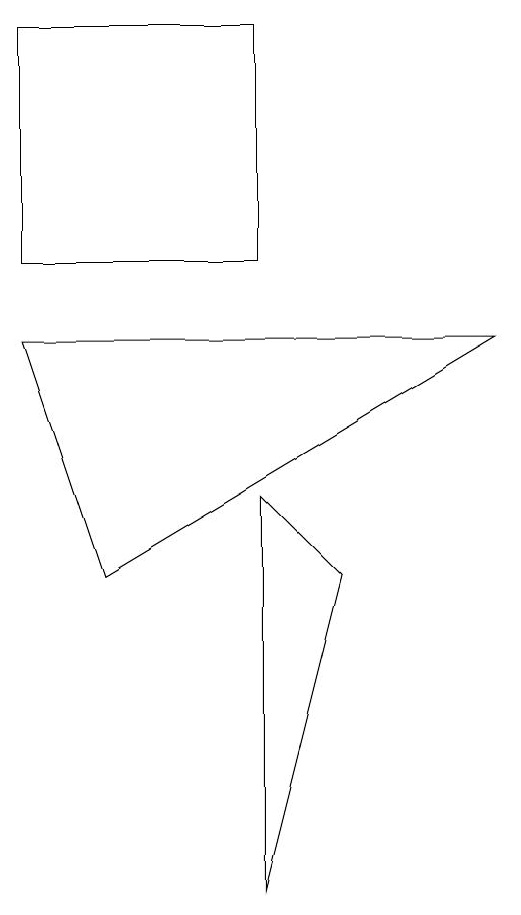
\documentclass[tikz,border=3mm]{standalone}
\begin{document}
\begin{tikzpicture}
\draw (0,10) rectangle (3,13);
\draw (0,9) -- (6,9) -- (1,6) -- cycle;
\draw (3,2) -- (3,7) -- (4,6) -- cycle;
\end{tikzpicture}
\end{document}